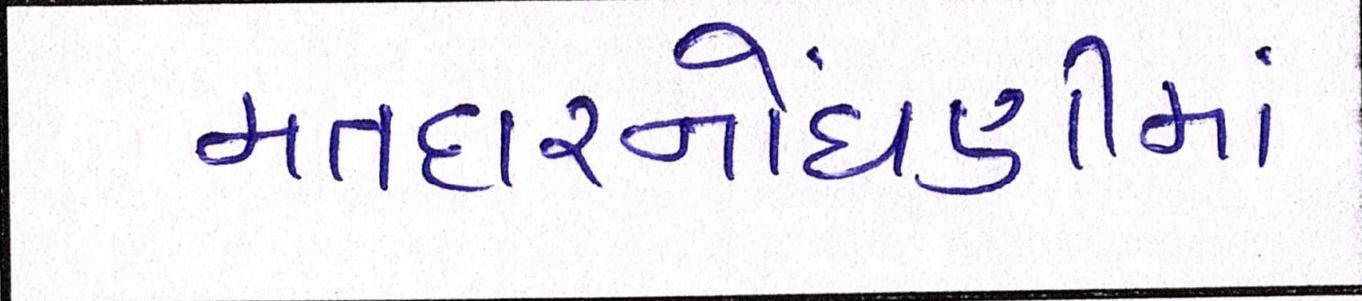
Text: મતદારનોંધણીમાં